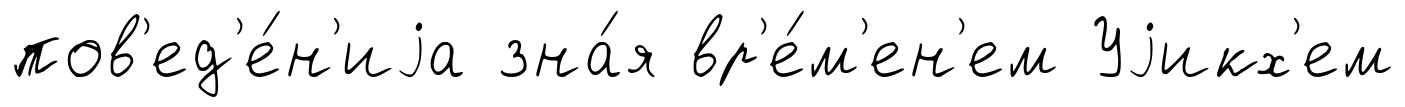
пов'ед'е́н'иjа зна́я вр'е́м'ен'ем Уjикх'ем